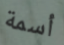
أسمة